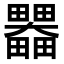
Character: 𤴄